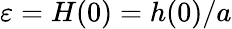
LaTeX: \varepsilon=H(0)=h(0)/a